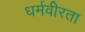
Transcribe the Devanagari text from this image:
धर्मवीरता